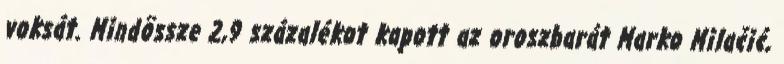
voksát. Mindössze 2,9 százalékot kapott az oroszbarát Marko Milačić,